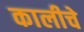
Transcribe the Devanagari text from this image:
कालीचे